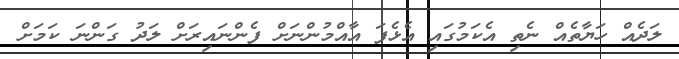
ލަދެއް ހަޔާތެއް ނެތި އެކަމުގައި އެޅެފަ އާއްމުުންނަށް ފެންނައިރަށް ލަދު ގަންނަ ކަމަށް